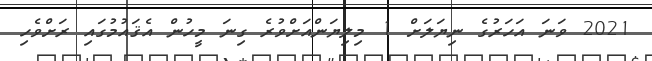
2021 ވަނަ އަހަރުގެ ނިޔަލަށް 1 މިލިޔަންއަށްވުރެ ގިނަ މީހުން އެޤައުމުގައި ރަށްވެހި